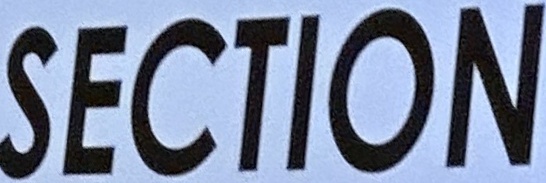
SECTION